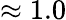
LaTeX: \approx 1.0